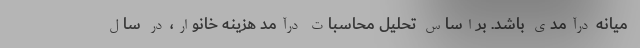
میانه درآمدی باشد. براساس تحلیل محاسبات درآمد هزینه خانوار، در سال